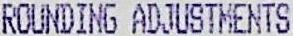
ROUNDING ADJUSTMENTS